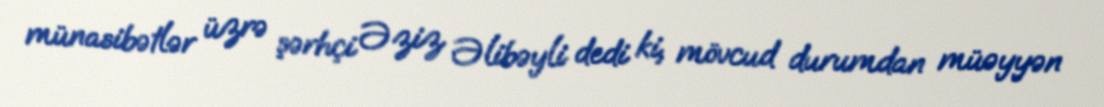
münasibətlər üzrə şərhçi Əziz Əlibəyli dedi ki, mövcud durumdan müəyyən